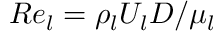
R e _ { l } = \rho _ { l } U _ { l } D / \mu _ { l }